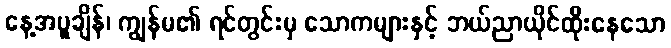
နေ့အပူချိန်၊ ကျွန်မ၏ ရင်တွင်းမှ သောကများနှင့် ဘယ်ညာယိုင်ထိုးနေသော